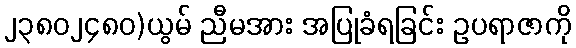
၂၃၈၀၂၄၈၀)ယွမ် ညီမအား အပြုခံရခြင်း ဥပရာဇာကို